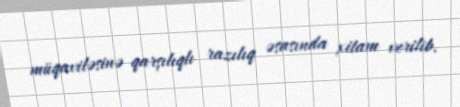
müqaviləsinə qarşılıqlı razılıq əsasında xitam verilib.